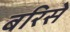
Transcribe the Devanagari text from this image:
बरिसे